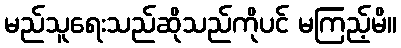
မည်သူရေးသည်ဆိုသည်ကိုပင် မကြည့်မိ။